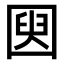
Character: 𫭌